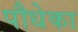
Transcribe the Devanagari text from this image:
पौधेका